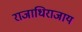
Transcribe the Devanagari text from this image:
राजाधिराजाय